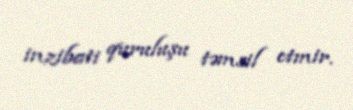
inzibati quruluşu təmsil etmir.